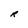
Character: R